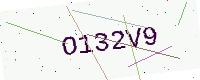
Text: O132V9